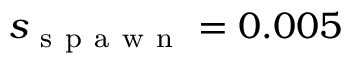
s _ { \mathrm { ~ s ~ p ~ a ~ w ~ n ~ } } = 0 . 0 0 5